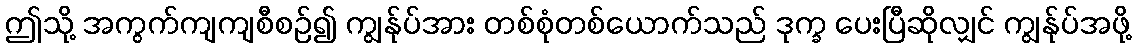
ဤသို့ အကွက်ကျကျစီစဉ်၍ ကျွန်ုပ်အား တစ်စုံတစ်ယောက်သည် ဒုက္ခ ပေးပြီဆိုလျှင် ကျွန်ုပ်အဖို့